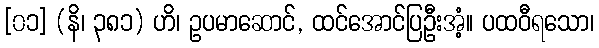
[၀၁] (နိ၊ ၃၈၁) ဟိ၊ ဥပမာဆောင်, ထင်အောင်ပြဦးအံ့။ ပထဝီရသော၊